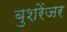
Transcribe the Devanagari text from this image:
बुशरेंजर